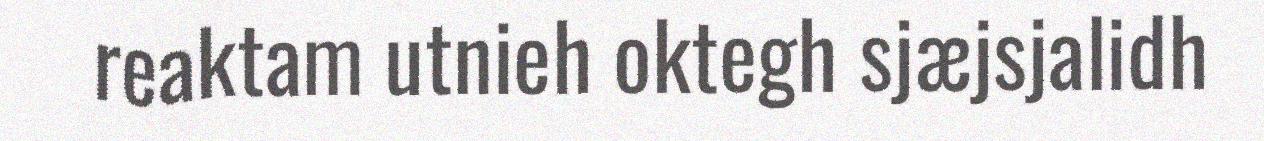
reaktam utnieh oktegh sjæjsjalidh